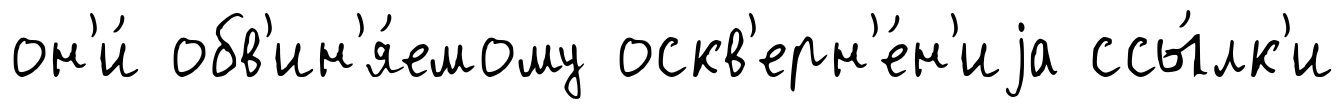
он'и́ обв'ин'я́емому оскв'ерн'е́н'иjа ссы́лк'и